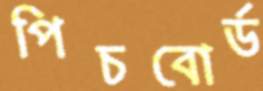
পিচবোর্ড